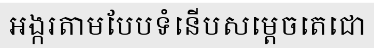
អង្ករតាមបែបទំនើបសម្តេចតេជោ